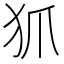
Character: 𤜶